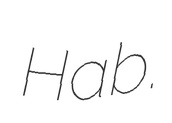
Hab.